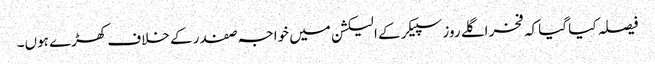
فیصلہ کیا گیا کہ فخر اگلے روز سپیکر کے الیکشن میں خواجہ صفدر کے خلاف کھڑے ہوں۔